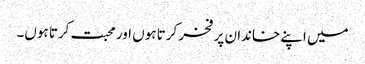
میں اپنے خاندان پر فخر کرتا ہوں اور محبت کرتا ہوں۔